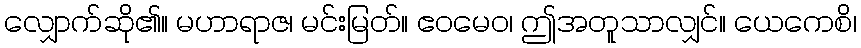
လျှောက်ဆို၏။ မဟာရာဇ၊ မင်းမြတ်။ ဧဝမေဝ၊ ဤအတူသာလျှင်။ ယေကေစိ၊